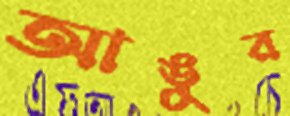
আঙুর